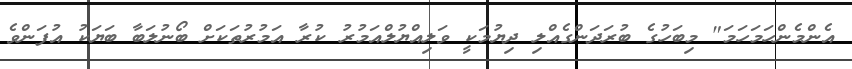
އެންމެންހަމަހަމަ" މިބަހުގެ ބުރަދަންގެއްލި ދިޔުމަކީ ވަލިއްޔުލްއަމުރު ކުރާ އަމުރުތަކަށް ބޯނުލަބާ ބަޔަކު އުފަންވެ